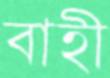
বাহী